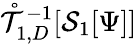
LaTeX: \mathring{\mathcal{T}}_{1,D}^{-1}[\mathcal{S}_{1}[\Psi]]